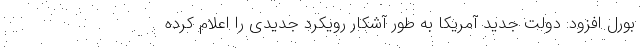
بورل افزود: دولت جدید آمریکا به طور آشکار رویکرد جدیدی را اعلام کرده